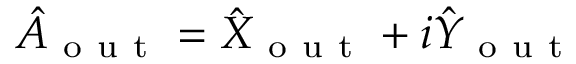
\hat { A } _ { \mathrm { ~ o ~ u ~ t ~ } } = \hat { X } _ { \mathrm { ~ o ~ u ~ t ~ } } + i \hat { Y } _ { \mathrm { ~ o ~ u ~ t ~ } }